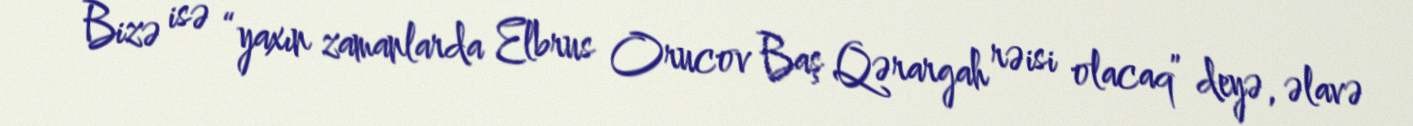
Bizə isə “yaxın zamanlarda Elbrus Orucov Baş Qərargah rəisi olacaq” deyə, əlavə